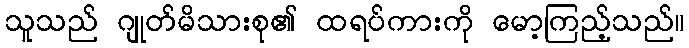
သူသည် ဂျုတ်မိသားစု၏ ထရပ်ကားကို မော့ကြည့်သည်။